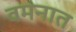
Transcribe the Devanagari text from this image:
वमनात